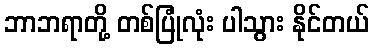
ဘာဘရာတို့ တစ်ပြုံလုံး ပါသွား နိုင်တယ်